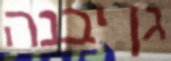
גן יבנה